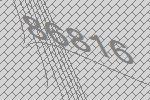
86816